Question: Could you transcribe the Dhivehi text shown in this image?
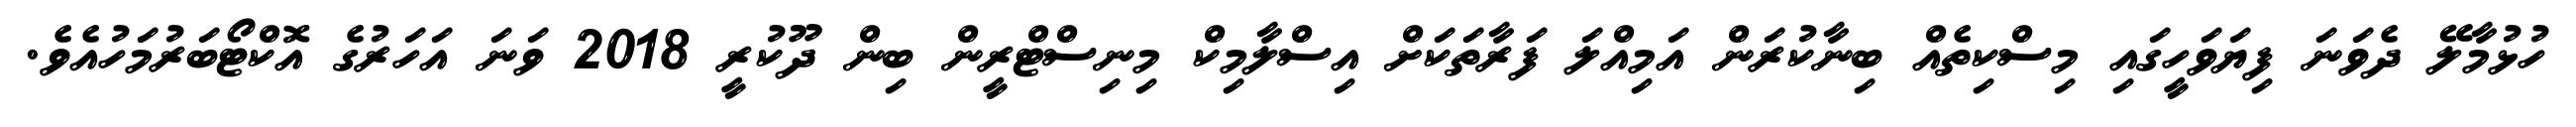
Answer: ހުޅުމާލޭ ދެވަނަ ފިޔަވަހީގައި މިސްކިތެއް ބިނާކުރަން އަމިއްލަ ފަރާތަކަށް އިސްލާމިކް މިނިސްޓްރީން ބިން ދޫކުރީ 2018 ވަނަ އަހަރުގެ އޮކްޓޯބަރުމަހުއެވެ.